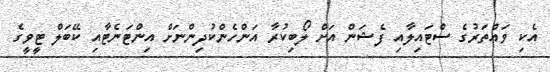
އެކި ވައްތަރުގެ ސްޓައިލާއި ފެޝަން އަށް ލޯބިކުރާ އަންހެންކުދިންނަށް އިންޓަނެޓާއި ކޭބަލް ޓީވީގެ